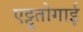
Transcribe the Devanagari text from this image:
एट्टुतोगाई